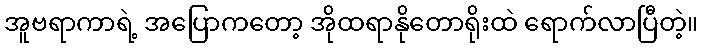
အူဗရာကာရဲ့ အပြောကတော့ အိုထရာနိုတောရိုးထဲ ရောက်လာပြီတဲ့။